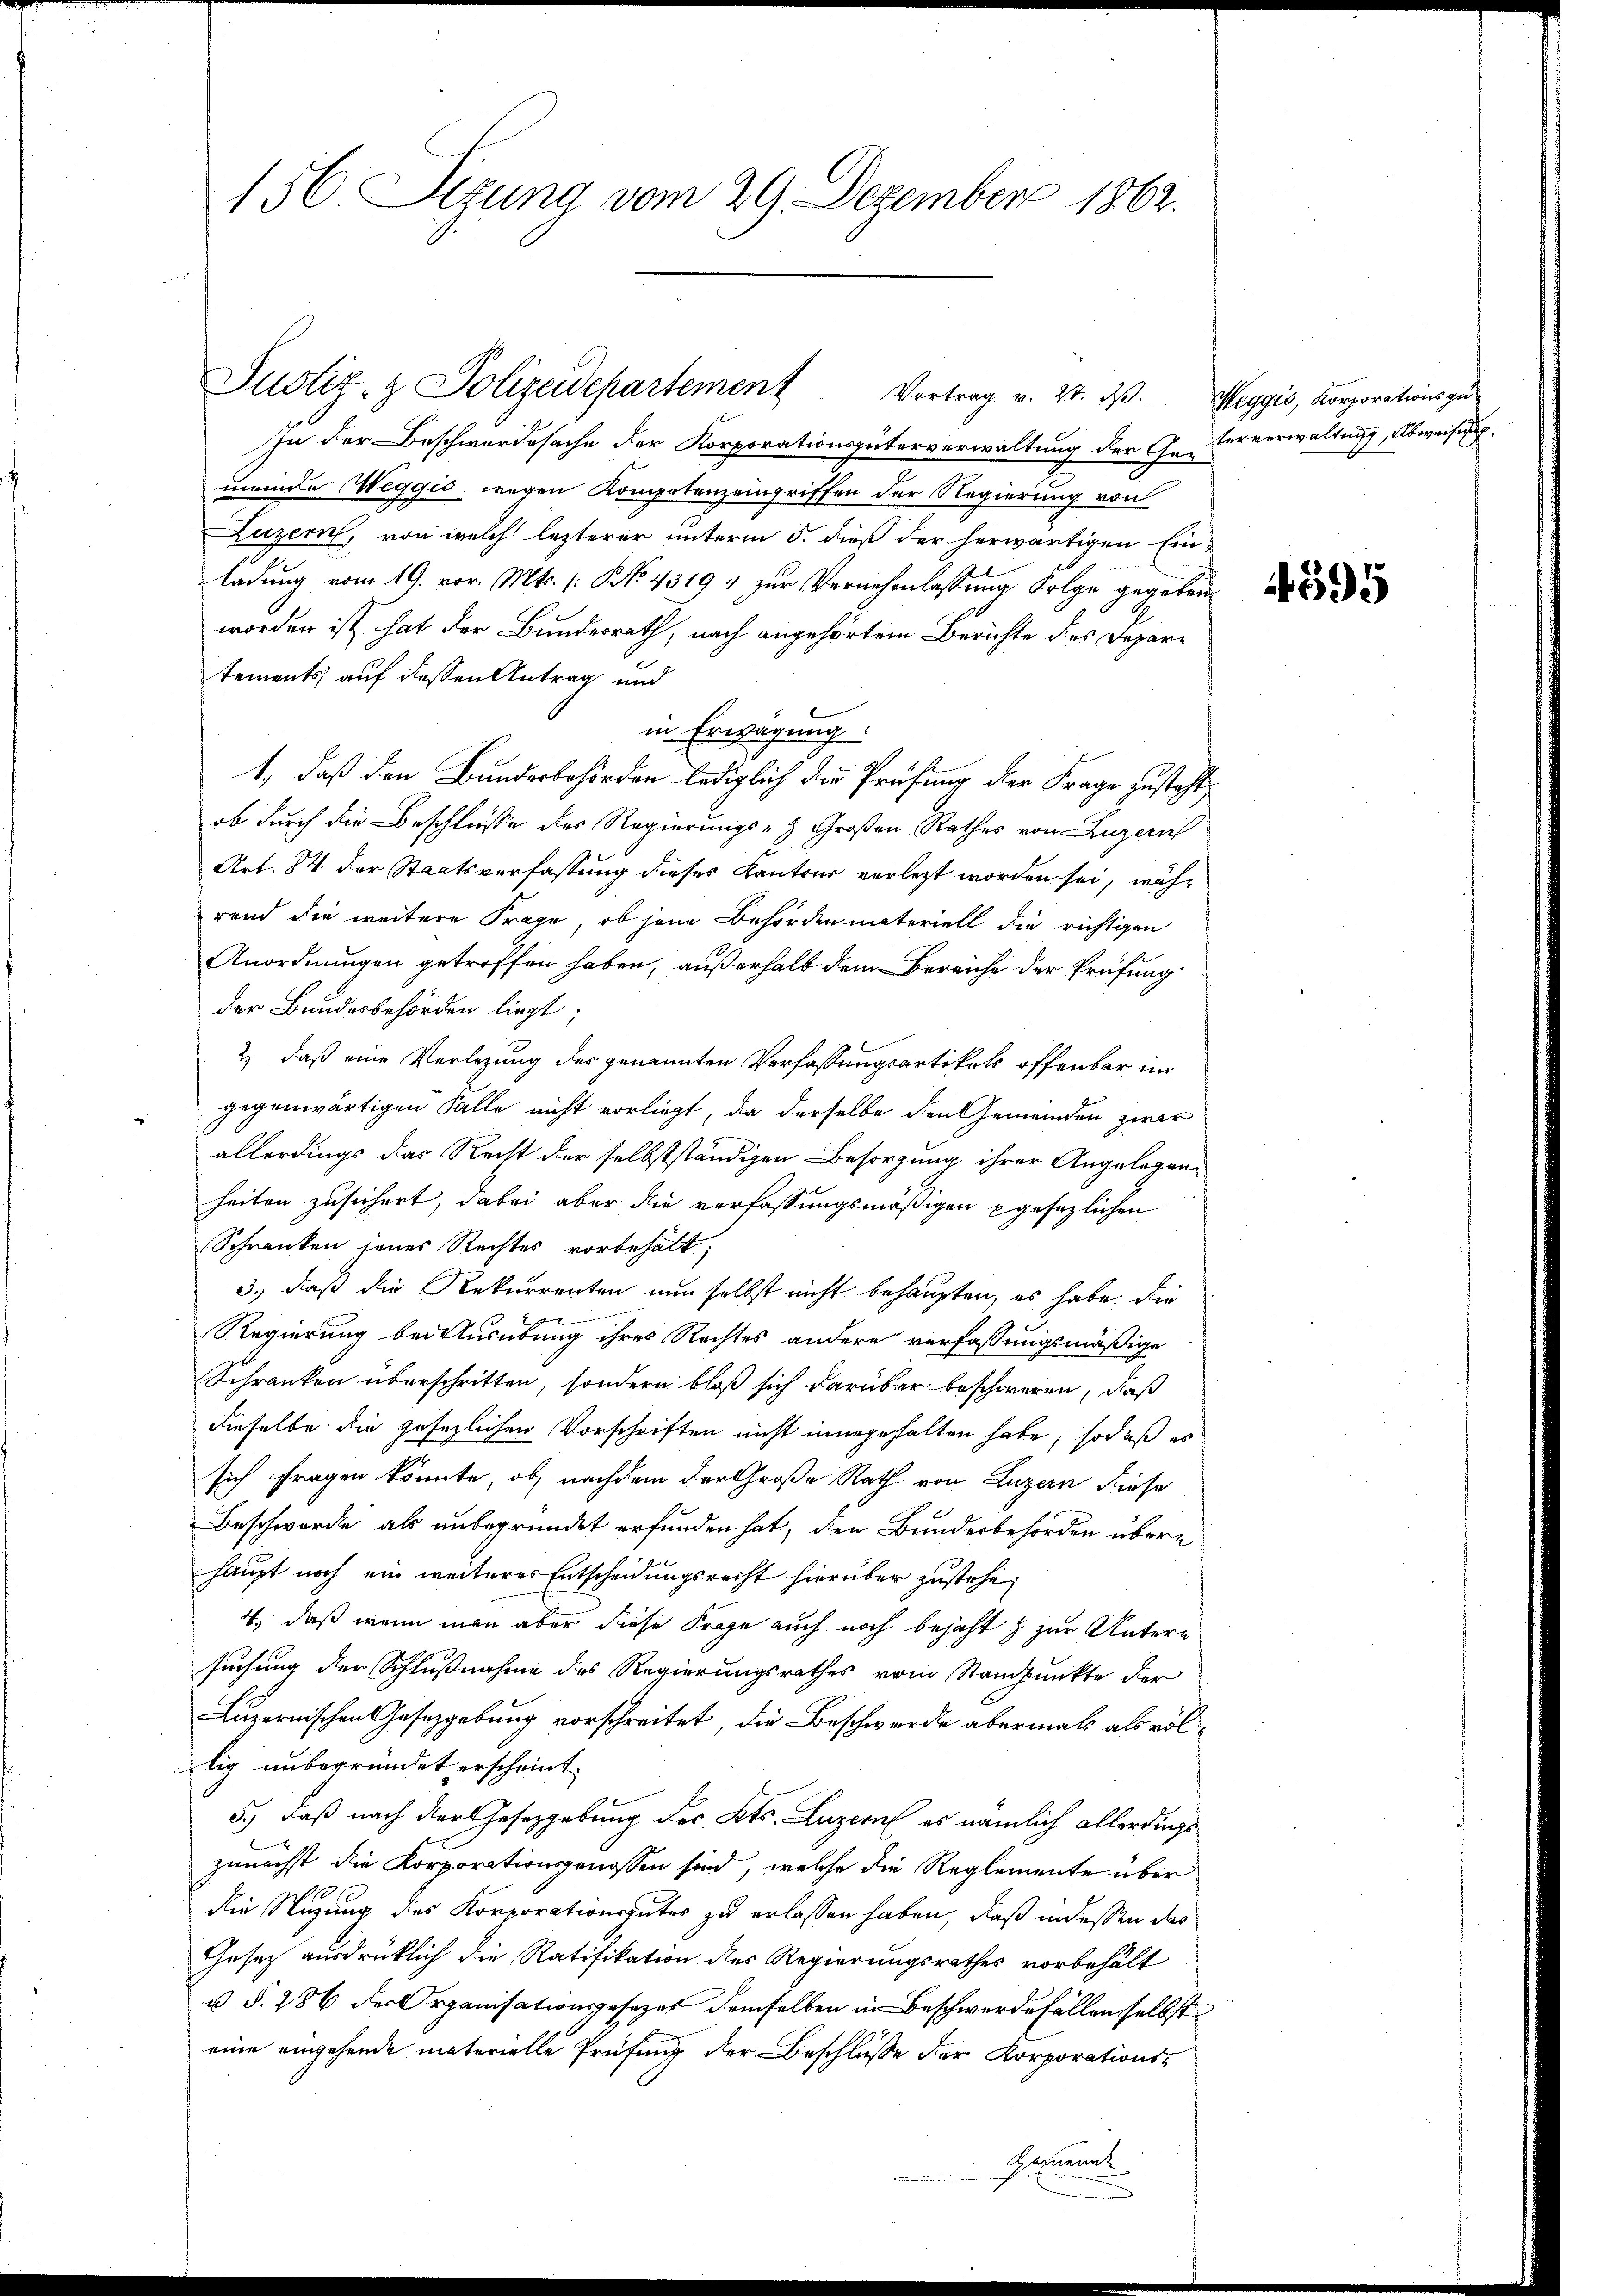
156. Sizung vom 29. Dezember 1862.

In der Beschwerdesache der Korporationsgüterverwaltung der Ge-Ververwaltung, Abweisu
meinde Weggis, wegen Kompetenz eingriffen der Regierung von
Luzern, von welch lezterer unterm 5. dieß der herwärtigen Ein-
ladung vom 19. vor. Mts. (: NNo. 43191 zur Vernehmlassung Folge gegeben
worden ist hat der Bundesrath, nach angehörtem Berichte des Departements, auf dessen Antrag und
in Erwägung:
1., daß den Bundesbehörden lediglich der Prüfung der Frage zusteht,
ob durch die Beschlüsse des Regierungs-Z. Großen Rathes von Luzern
Art. 84 der Staatsverfassung dieses Kantons verletzt worden sei, während die weitere Frage, ob jene Behördenmateriell die richtigen
Anordnungen getroffen haben, außerhalb dem Bereiche der Prüfung
der Bundesbehörden liegt.
2) daß eine Verlegung des genannten Verfassungsartikels offenbar im
gegenwärtigen Falle nicht vorliegt, da derselbe den Gemeinden zwar
allerdings das Recht der selbstständigen Besorgung ihrer Angelegenheiten zusichert, dabei aber die verfassungsmäßigen gesezlichen
Schranken jenes Rechtes vorbehält,
3.) daß die Rekurrenten nur selbst nicht behaupten, es habe. Die

Regierung bei Ausübung ihres Rechtes andere verfassungsmäßige
Schranken überschritten, sondern bloß sich darüber beschweren, daß
dieselbe die gesezlichen Vorschriften nicht innegehalten habe, sodaß es
sich fragen könnte, ob nachdem der Große Rath von Luzern diese
Beschwerde als unbegründet erfunden hat, den Bundesbehörden übere
haupt noch ein weiteres Entscheidungsrecht hierüber zustehe,
4., daß wenn man aber diese Frage auch noch bejaht zur Untern
suchung der Schlußnahme des Regierungsrathes vom Standpunkte der
Luzernischen Gesetzgebung vorschreitet, die Beschwerde abermals als völlig unbegründet erscheint.
5.) Daß nach der Gesetzgebung des Kts. Luzern es nämlich allerdings
zunächst die Korporationsgenossen sind, welche die Reglemente über
die Stüzung des Korporationsguter zu erlassen haben, daß in dessen das
Gesetz ausdrücklich die Ratifikation des Regierungsrathes vorbehält
u §. 286 der Organisationsgesezes demselben in Beschwerde fällen selbst
eine eingehende materielle Prüfung der Beschlüsse der Korporations-
sement

Justiz- & Polizeidepartement Vortrag v. 27. ds. Weggis, Korporationsgu

4595